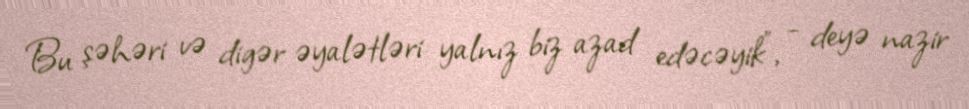
Bu şəhəri və digər əyalətləri yalnız biz azad edəcəyik”, - deyə nazir